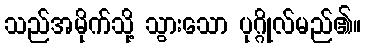
သည်အမိုက်သို့ သွားသော ပုဂ္ဂိုလ်မည်၏။